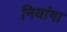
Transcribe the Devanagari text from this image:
नियांगा